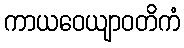
ကာယဝေယျာဝတိကံ